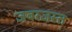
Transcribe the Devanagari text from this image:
जबरजस्त